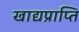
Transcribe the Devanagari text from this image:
खाद्यप्राप्ति